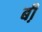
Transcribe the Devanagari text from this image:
बी़